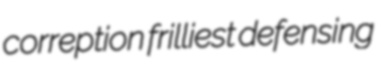
correption frilliest defensing